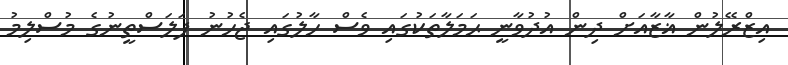
އިޒްރޭލުން ޣާޒާއަށް ދިން އުދުވާނީ ޙަމަލާތަކުގައި ވެސް ހާލުގައި ޖެހުނު ފަލަސްތީނުގެ މުސްލިމު